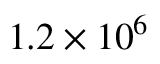
1 . 2 \times 1 0 ^ { 6 }